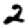
Digit: 2